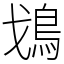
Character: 𩾷